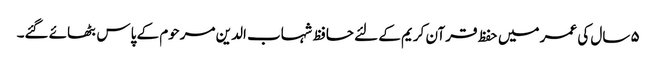
۵ سال کی عمر میں حفظ قرآن کریم کے لئے حافظ شہاب الدین مرحوم کے پاس بٹھائے گئے۔